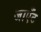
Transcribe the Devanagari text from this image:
जाएँट